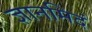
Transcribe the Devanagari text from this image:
ज्ञानमिदं